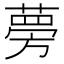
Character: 𫉐